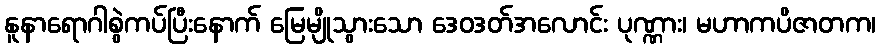
နူနာရောဂါစွဲကပ်ပြီးနောက် မြေမျိုသွားသော ဒေဝဒတ်အလောင်း ပုဏ္ဏား၊ မဟာကပိဇာတက၊